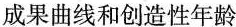
成果曲线和创造性年龄